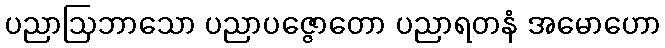
ပညာဩဘာသော ပညာပဇ္ဇောတော ပညာရတနံ အမောဟော